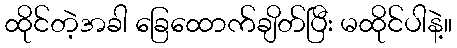
ထိုင်တဲ့အခါ ခြေထောက်ချိတ်ပြီး မထိုင်ပါနဲ့။